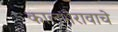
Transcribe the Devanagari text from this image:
कालभैरावाचे